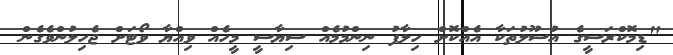
"ޑިމޮކްރަސީގެ އުސޫލުތަކާ އެއްކޮށް ހިލާފު ނިންމުމެއް ސިޔާސީ މީހެއް ވިއްޔާ ވޯޓަށް ޖެހިލުންވެގެން